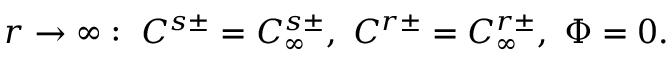
r \rightarrow \infty : \ C ^ { s \pm } = C _ { \infty } ^ { s \pm } , \ C ^ { r \pm } = C _ { \infty } ^ { r \pm } , \ \Phi = 0 .